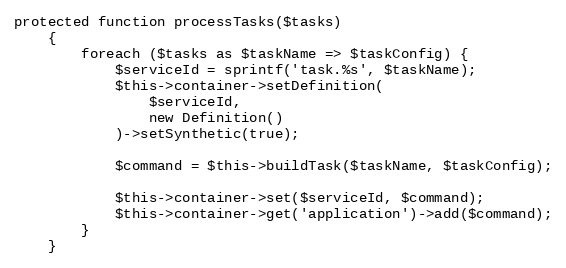
Language: PHP
protected function processTasks($tasks)
    {
        foreach ($tasks as $taskName => $taskConfig) {
            $serviceId = sprintf('task.%s', $taskName);
            $this->container->setDefinition(
                $serviceId,
                new Definition()
            )->setSynthetic(true);

            $command = $this->buildTask($taskName, $taskConfig);

            $this->container->set($serviceId, $command);
            $this->container->get('application')->add($command);
        }
    }